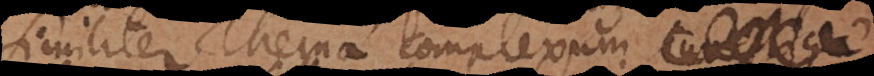
Similiter Thema complexum investiga